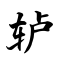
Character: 轳